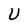
Character: U